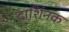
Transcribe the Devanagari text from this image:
दार्शिनक